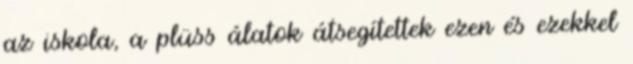
az iskola, a plüss álatok átsegítettek ezen és ezekkel